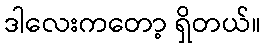
ဒါလေးကတော့ ရှိတယ်။